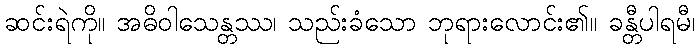
ဆင်းရဲကို။ အဓိဝါသေန္တဿ၊ သည်းခံသော ဘုရားလောင်း၏။ ခန္တီပါရမီ၊